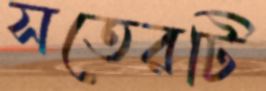
সতেরটি